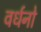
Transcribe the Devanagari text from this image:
वर्धनो